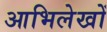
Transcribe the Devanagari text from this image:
आभिलेखों